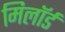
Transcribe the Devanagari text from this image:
मिलॉर्ड